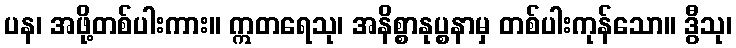
ပန၊ အဖို့တစ်ပါးကား။ ဣတရေသု၊ အနိစ္စာနုပ္စနာမှ တစ်ပါးကုန်သော။ ဒွီသု၊